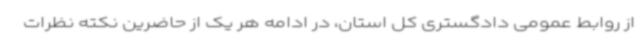
از روابط عمومی دادگستری کل استان، در ادامه هر یک از حاضرین نکته نظرات